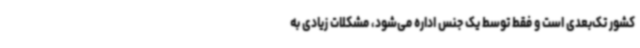
کشور تک‌بعدی است و فقط توسط یک‌ جنس اداره می‌شود، مشکلات زیادی به